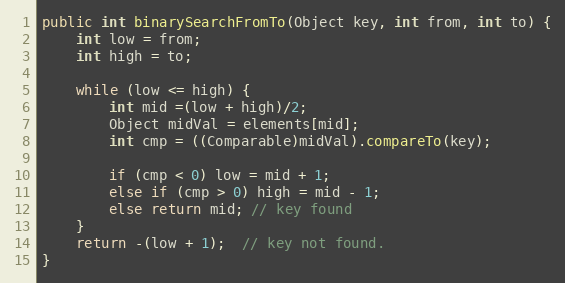
Language: Java
public int binarySearchFromTo(Object key, int from, int to) {
	int low = from;
	int high = to;

	while (low <= high) {
		int mid =(low + high)/2;
		Object midVal = elements[mid];
		int cmp = ((Comparable)midVal).compareTo(key);

		if (cmp < 0) low = mid + 1;
		else if (cmp > 0) high = mid - 1;
		else return mid; // key found
	}
	return -(low + 1);  // key not found.
}